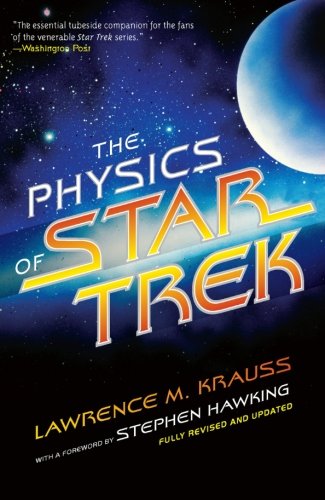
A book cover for The Physics of Star Trek; Lawrence M. Krauss; Humor & Entertainment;